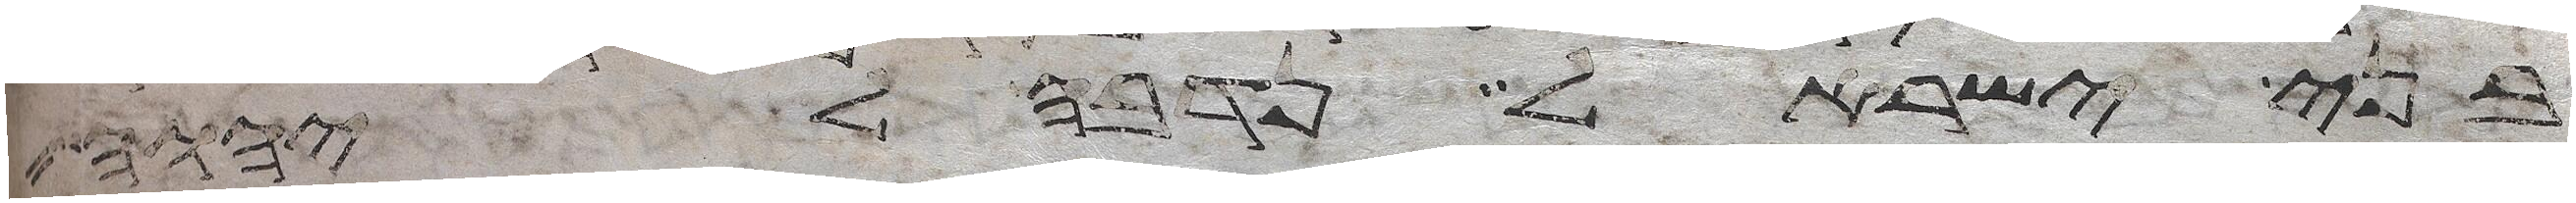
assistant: בני ישראל נדבה ליהוה